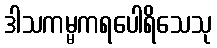
ဒါသကမ္မကရပေါရိသေသု